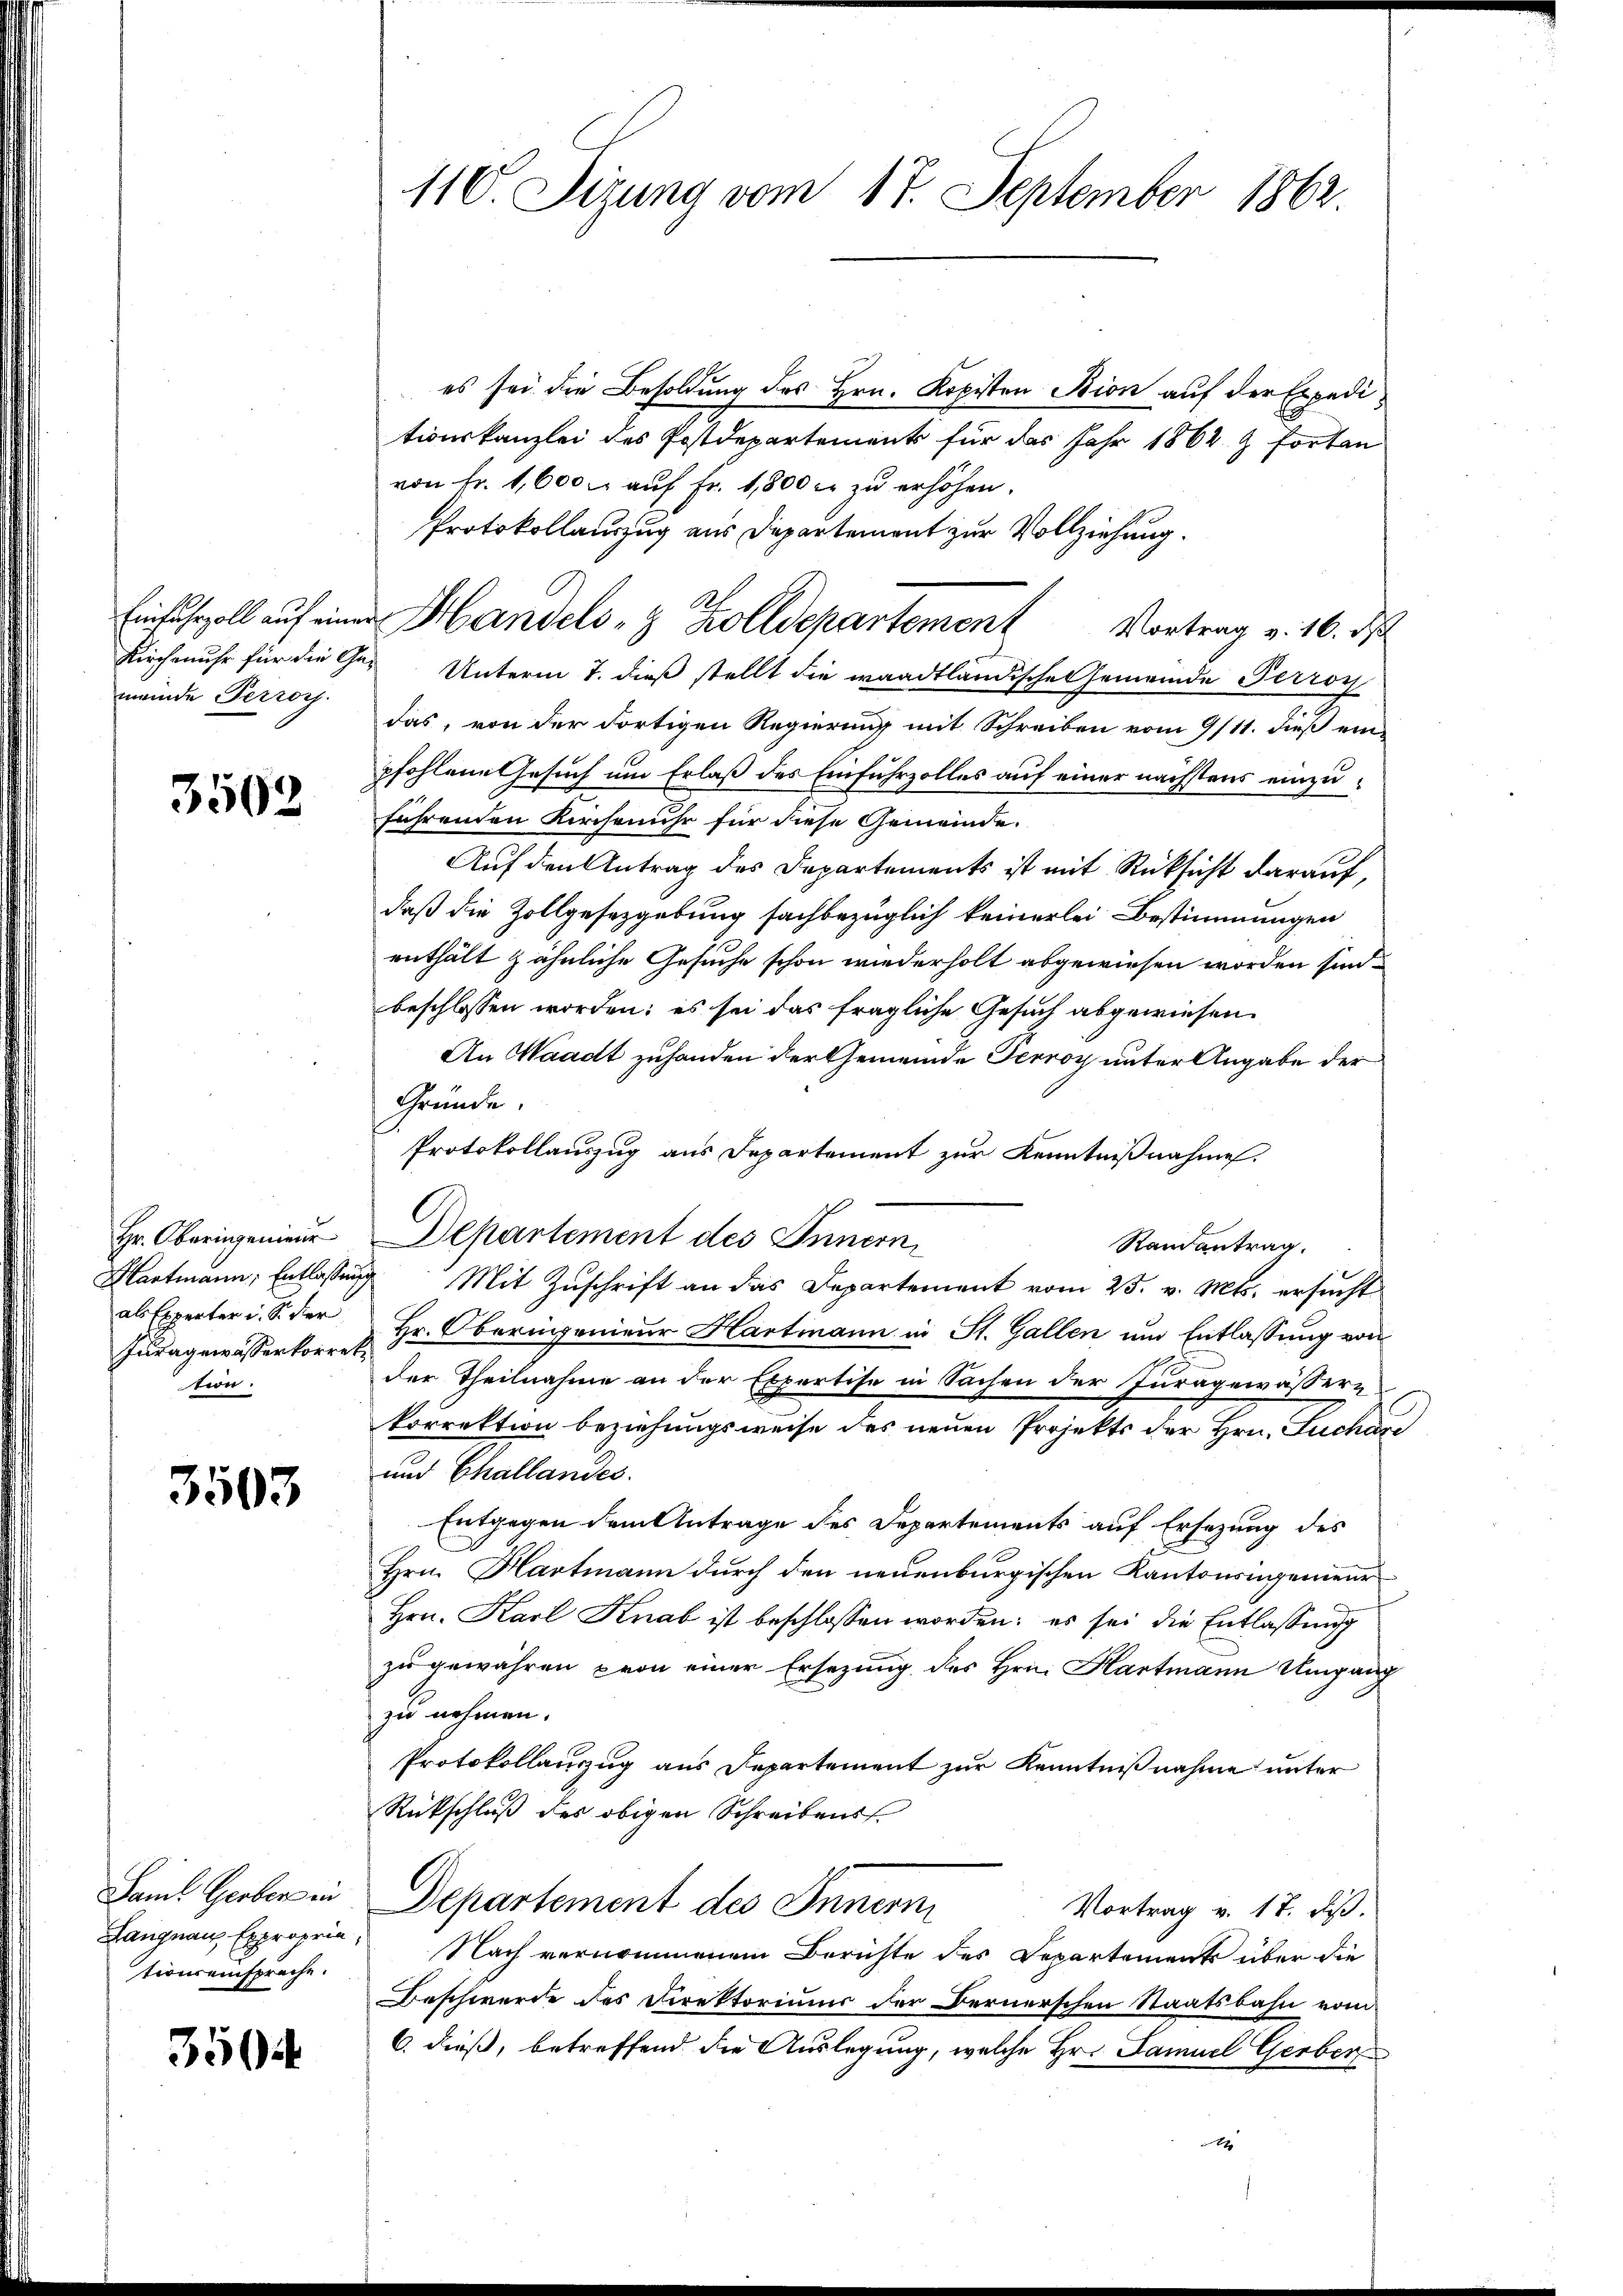
Kirchenuhr für die Gemeinde Perrors.

3502

Hr. Oberingenieur
Hartmann, Entlassen,
als Experter i. S. der
Juragewässerkorreti
tion.

3503

Saml Gerber in
Langnau, Expropria,
tionseinspreche.

3504

110. Sizung vom 17. September 1862.

es sei die Besoldung des Hrn. Kopisten Bion auf der Expeditionskanzlei des Postdepartements für das Jahr 1862 & fortan
von Fr. 1,600. aŭf Fr. 1,800 c. zu erhöhen.
Protokollauszug aus Departement zur Vollziehung.
 Unterm 7. dieß stellt die waadtländische Gemeinde Perroy
das, von der dortigen Regierung mit Schreiben vom 9/11. dieß ein-
pfohlene Gesuch um Erlaß des Einfuhrzolles auf einer nächstens einzuführenden Kirchenuhr für diese Gemeinde.
Auf den Antrag des Departements ist mit Rücksicht darauf,
daß die Zollgesetzgebung sachbezüglich keinerlei Bestimmungen
enthält zähnliche Gesuche schon wiederholt abgewiesen worden sind.
beschlossen worden; es sei das fragliche Gesuch abgewiesen.
An Waadt zuhanden der Gemeinde Terroy unter Angabe der
Gründe.
Protokollauszug aus Departement zur Kenntnißnahme.
Departement des Innern
Randantrag.
 Mit Zuschrift an das Departement vom 25. v. Mts. ersucht¬
Hr. Oberingenieur Hartmann in St. Gallen und Entlassung von
der Theilnahme an der Expertise in Sachen der Iuragewässere
korrektion beziehungsweise des neuen Projekts der Hrn. Suchare
und Challandes.
Entgegen dem Antrage des Departements auf Ersezung des
Hrn. Hartmann durch den neuenburgischen Kantonsingenieur
Hrn. Karl Knab ist beschlossen worden: es sei die Entlassŭng
zu gewähren von einer Ersezung des Hrn. Hartmann Umgauch
zu nehmen.
Protokollanzug aus Departement zur Kenntnißnahme unter
Rückschluß des obigen Schreibens¬
Departement des Innern
Vortrag v. 17. dß.
Nach vernommenem Berichte des Departements über die
Beschwerde des Direktoriums der Bernerschen Staatsbahn vom
6. dieß, betreffend die Auslegung, welche Hr. Samuel Gerber
2

Einfuhrzoll auf einer Handels- & Zolldepartement Vortrag v. 16. d